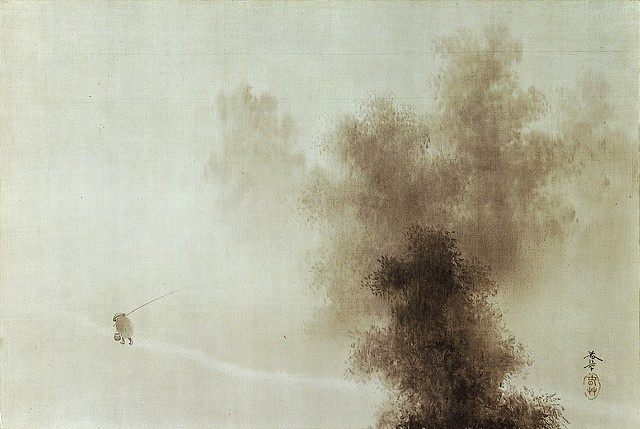
对潇潇暮雨洒江天，一番洗清秋。